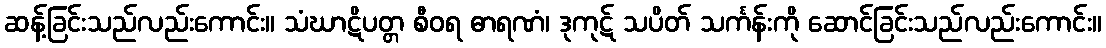
ဆန့်ခြင်းသည်လည်းကောင်း။ သံဃာဋိပတ္တ စီဝရ ဓာရဏံ၊ ဒုကုဋ် သပိတ် သင်္ကန်းကို ဆောင်ခြင်းသည်လည်းကောင်း။